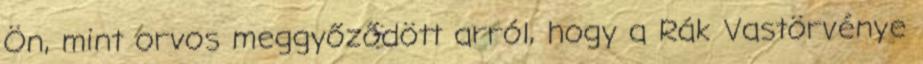
Ön, mint orvos meggyőződött arról, hogy a Rák Vastörvénye